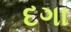
દગા